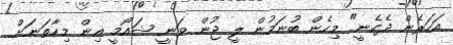
އަހަރެން ދެކެނީ" މިހެން ބުނަމުން ލީ ޖުން ވަނީ ޝައޯމީ އިން މިހާތަނަށް